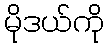
မိုဒယ်ကို